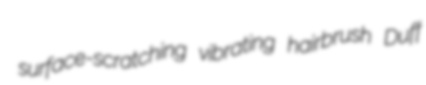
surface-scratching vibrating hairbrush Duff